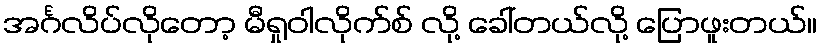
အင်္ဂလိပ်လိုတော့ မီရှုဝါလိုက်စ် လို့ ခေါ်တယ်လို့ ပြောဖူးတယ်။